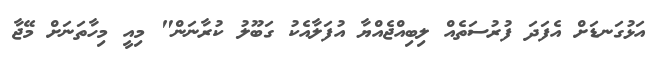
އަޅުގަނޑަށް އެފަދަ ފުރުސަތެއް ލިބިއްޖެއްޔާ އުފަލާއެކު ގަބޫލު ކުރާނަން" މިއީ މިހާތަނަށް މޭޖާ